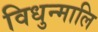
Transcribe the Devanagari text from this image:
विधुन्मालि